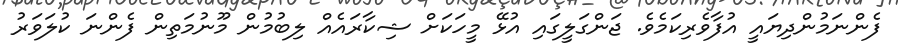
ފެންނަމުންދިޔައީ އުފާވެރިކަމެވެ. ޖަންގަލީގައި އުޅޭ މީހަކަށް ޝިކާރައެއް ލިބުމުން މޫނުމަތިން ފެންނަ ކުލަވަރު